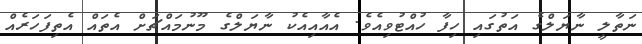
ނަތާލީ ނާޔަލްގެ އަތުގައި ހިފާ ހުއްޓުވިއެވެ. އެއާއިއެކު ނާޔަލްގެ މޫނުމައްޗަށް އެތައް އެތިފަހަރެއް